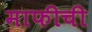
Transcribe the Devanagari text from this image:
माफीची